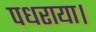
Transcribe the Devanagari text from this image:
पधराया।